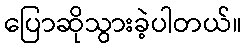
ပြောဆိုသွားခဲ့ပါတယ်။